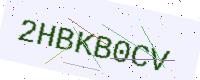
Text: 2HBKB0CV